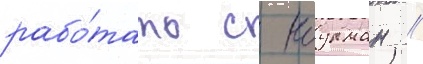
рабо́тать с коулман //